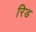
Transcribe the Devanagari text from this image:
रिड